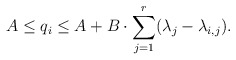
\begin{align*}A\leq q_i\leq A+B\cdot \sum_{j=1}^r(\lambda_j-\lambda_{i,j}).\end{align*}